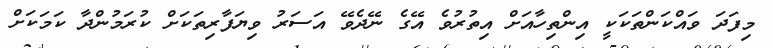
މިފަދަ ވައްކަންތަކަކީ އިންތިހާއަށް އިތުރުވެ އޭގެ ނޭދެވޭ އަސަރު ވިޔަފާރިތަކަށް ކުރަމުންދާ ކަމަކަށް